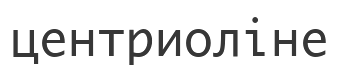
центриоліне